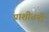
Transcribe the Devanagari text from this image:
प्राशीतनी